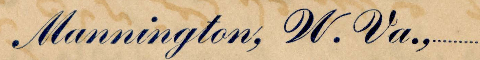
Mannington, W. Va.,